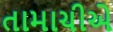
તામાચીએ